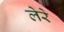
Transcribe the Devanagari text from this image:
लेरे